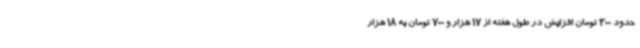
حدود 300 تومان افزایش در طول هفته از 17 هزار و 700 تومان به 18 هزار